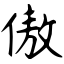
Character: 傲